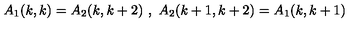
A _ { 1 } ( k , k ) = A _ { 2 } ( k , k + 2 ) \ , \ A _ { 2 } ( k + 1 , k + 2 ) = A _ { 1 } ( k , k + 1 )